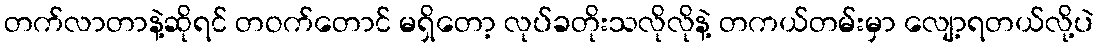
တက်လာတာနဲ့ဆိုရင် တဝက်တောင် မရှိတော့ လုပ်ခတိုးသလိုလိုနဲ့ တကယ်တမ်းမှာ လျော့ရတယ်လို့ပဲ